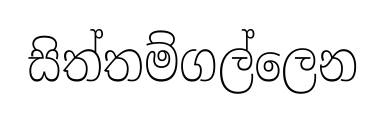
සිත්තම්ගල්ලෙන